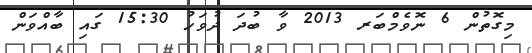
މިގޮތުން 6 ނޮވެމްބަރ 2013 ވާ ބުދަ ދުވަހު 15:30 ގައި ބާއްވަން